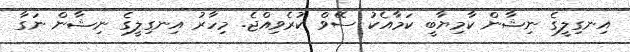
އިނގިލީގެ ނިޝާން ކާމިޔާބީ ކަމާއެކު ސޭވް ކުރެވިއްޖެ. މިހާރު އިނގިލީގެ ނިޝާން ނަގާ